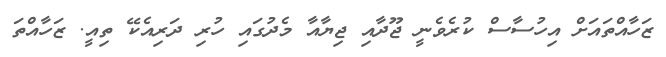
ޒަހާއްތައަށް އިހުސާސް ކުރެވެނީ ޖޫދާއި ޖިޔާއާ މެދުގައި ހުރި ދަރިއެކޭ ތިއީ. ޒަހާއްތަ